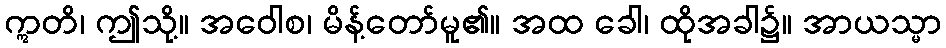
ဣတိ၊ ဤသို့။ အဝေါစ၊ မိန့်တော်မူ၏။ အထ ခေါ၊ ထိုအခါ၌။ အာယသ္မာ